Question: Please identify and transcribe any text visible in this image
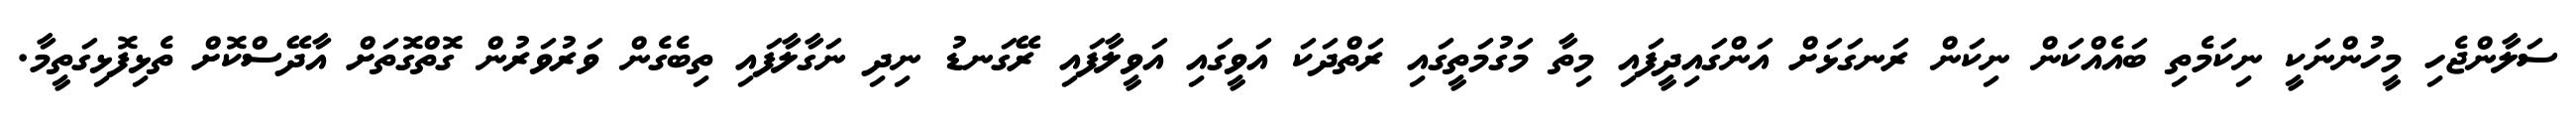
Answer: ސަލާންޖެހި މީހުންނަކީ ނިކަމެތި ބައެއްކަން ނިކަން ރަނގަޅަށް އަންގައިދީފައި މިތާ މަގުމަތީގައި ރަތްދަކަ އަވީގައި އަވީލާފައި ރޭގަނޑު ނިދި ނަގާލާފައި ތިބެގެން ވަރުވަރުން ގޮތްގޮތަށް އާދޭސްކޮށް ތެޅިފޮޅިގަތީމާ.